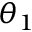
\theta _ { 1 }